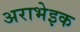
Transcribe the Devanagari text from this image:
अराभेइक